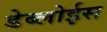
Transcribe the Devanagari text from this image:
डेब्लोईस